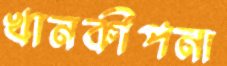
খানকীপনা